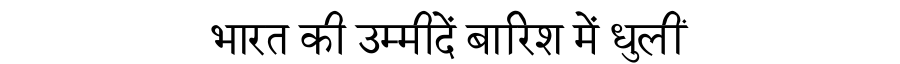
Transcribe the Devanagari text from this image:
भारत की उम्मीदें बारिश में धुलीं